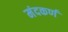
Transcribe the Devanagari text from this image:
मंदकर्ण